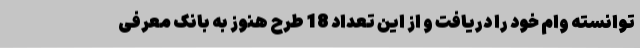
توانسته وام خود را دریافت و از این تعداد 18 طرح هنوز به بانک معرفی